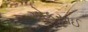
ચોકસાઈ